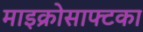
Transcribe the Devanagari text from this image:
माइक्रोसाफ्टका